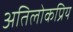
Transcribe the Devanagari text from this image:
अतिलोकप्रिय